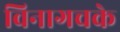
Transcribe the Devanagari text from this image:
विनागचके